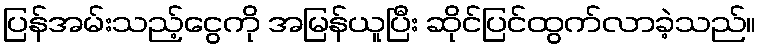
ပြန်အမ်းသည့်ငွေကို အမြန်ယူပြီး ဆိုင်ပြင်ထွက်လာခဲ့သည်။